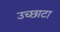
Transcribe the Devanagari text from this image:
उच्छाटा